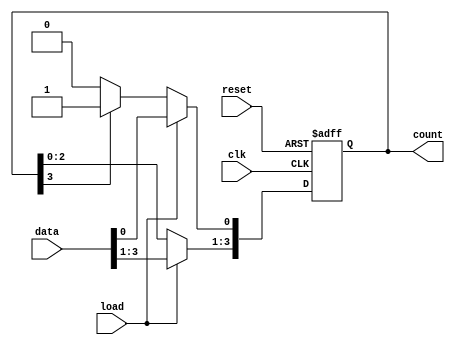
module loadable_ring_counter #(
    parameter N = 4  // Number of bits in the counter
)(
    input wire clk,           // Clock signal
    input wire reset,         // Reset signal
    input wire load,          // Load signal
    input wire [N-1:0] data,  // Data input for loading
    output reg [N-1:0] count  // Current state of the counter
);

    // Initial state of the counter
    initial begin
        count = 0; // Optionally, you can set it to a specific value
    end

    // Always block triggered on the rising edge of the clock
    always @(posedge clk or posedge reset) begin
        if (reset) begin
            count <= 1; // Reset to a known state (e.g., first flip-flop set)
        end else if (load) begin
            count <= data; // Load the data input into the counter
        end else begin
            // Perform the ring counter shift
            count <= {count[N-2:0], count[N-1]}; // Shift right
            // Set the first bit to 1 if the last bit was 1
            if (count[N-1]) begin
                count[0] <= 1;
            end else begin
                count[0] <= 0; // Ensure the first bit is 0 if the last bit is 0
            end
        end
    end

endmodule